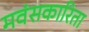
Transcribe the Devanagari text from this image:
मवंसकारिता